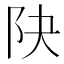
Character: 䦼